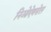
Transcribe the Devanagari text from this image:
निओऐक्सेल